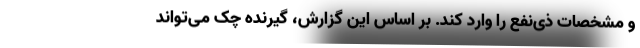
و مشخصات ذی‌نفع را وارد کند. بر اساس این گزارش، گیرنده چک می‌تواند